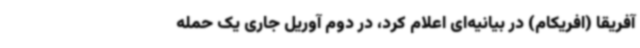
آفریقا (افریکام) در بیانیه‌ای اعلام کرد، در دوم آوریل جاری یک حمله